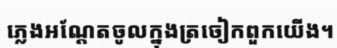
ភ្លេងអណ្តែតចូលក្នុងត្រចៀកពួកយើង។